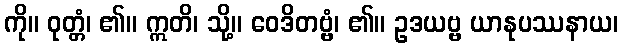
ကို။ ဝုတ္တံ၊ ၏။ ဣတိ၊ သို့။ ဝေဒိတဗ္ဗံ၊ ၏။ ဥဒယဗ္ဗ ယာနုပဿနာယ၊